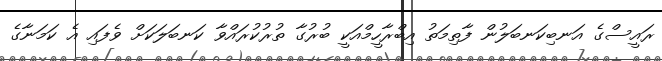
ރައީސްގެ އަނބިކަނބަލުން ފާތިމަތު އިބްރާހީމްއަކީ ބުރުގާ ތުރުކުރައްވާ ކަނބަލަކަށް ވެފައި އެ ކަމަނާގެ